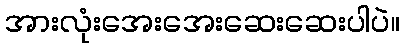
အားလုံးအေးအေးဆေးဆေးပါပဲ။